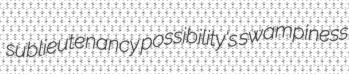
sublieutenancy possibility's swampiness